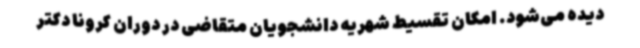
دیده می‌شود. امکان تقسیط شهریه دانشجویان متقاضی در دوران کرونا دکتر